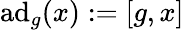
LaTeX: \operatorname{ad}_{g}(x):=[g,x]